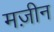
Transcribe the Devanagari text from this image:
मज़ीन